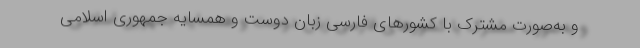
و به‌صورت مشترک با کشورهای فارسی زبان دوست و همسایه جمهوری اسلامی